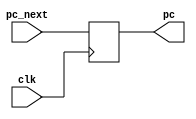
module pc(
	input clk,
	input [15:0] pc_next,
	output reg [15:0] pc
);

	initial pc = 0;
	
	always @(posedge clk)
		pc = pc_next;
	
endmodule